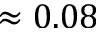
\approx 0 . 0 8